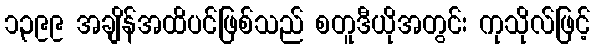
၁,၃၉၉ အချိန်အထိပင်ဖြစ်သည် စတူဒီယိုအတွင်း ကုသိုလ်ဖြင့်